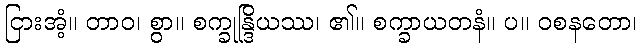
ငြားအံ့။ တာဝ၊ စွာ။ စက္ခုန္ဒြိယဿ၊ ၏။ စက္ခာယတနံ။ ပ။ ဝစနတော၊